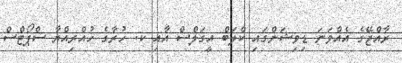
ރާއްޖޭގެ އެއްވަނަ ޑިވިޝަންގައި ކްލަބް އީގަލްސް އާއި ކ. ހުރާގެ ހުއްރިއްޔާ ސްޕޯޓްސް